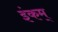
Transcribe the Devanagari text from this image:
इंकम्